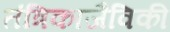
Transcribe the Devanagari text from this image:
तंत्रिकाजैविकी